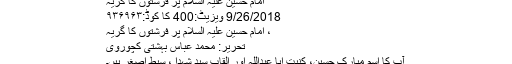
امام حسین علیہ السلام پر فرشتوں کا گریہ
9/26/2018 ویزیٹ:400 کا کوڈ:۹۳۶۹۶۳
، امام حسین علیہ السلام پر فرشتوں کا گریہ
تحریر: محمد عباس بہشتی کچوروی
آپ کا اسم مبارک حسین، کنیت ابا عبداللہ اور القاب سید شہدا ، سبط اصغر ہیں۔